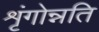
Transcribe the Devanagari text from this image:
शृंगोन्नति